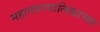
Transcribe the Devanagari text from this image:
महानगरपालिकाच्या